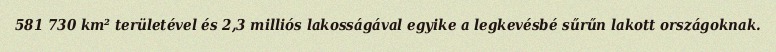
581 730 km² területével és 2,3 milliós lakosságával egyike a legkevésbé sűrűn lakott országoknak.